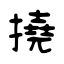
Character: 撓